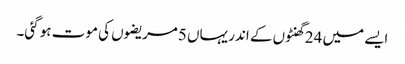
ایسے میں 24 گھنٹوں کے اندر یہاں 5مریضوں کی موت ہو گئی۔